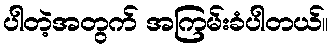
ပါတဲ့အတွက် အကြမ်းခံပါတယ်။